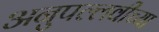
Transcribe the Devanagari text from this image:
अनुपल्लवीच्या